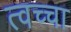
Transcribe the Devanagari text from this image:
त्वच्चा